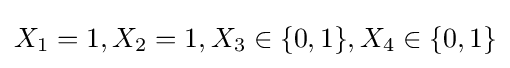
{\textstyle X_{1}=1,X_{2}=1,X_{3}\in \{0,1\},X_{4}\in \{0,1\}}